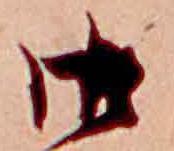
御